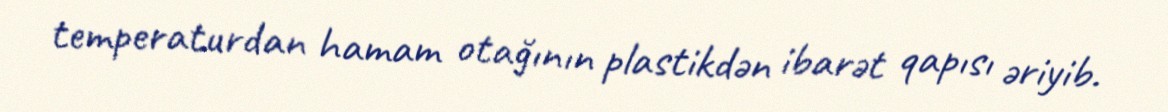
temperaturdan hamam otağının plastikdən ibarət qapısı əriyib.